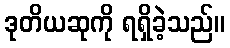
ဒုတိယဆုကို ရရှိခဲ့သည်။